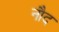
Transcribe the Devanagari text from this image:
नौद